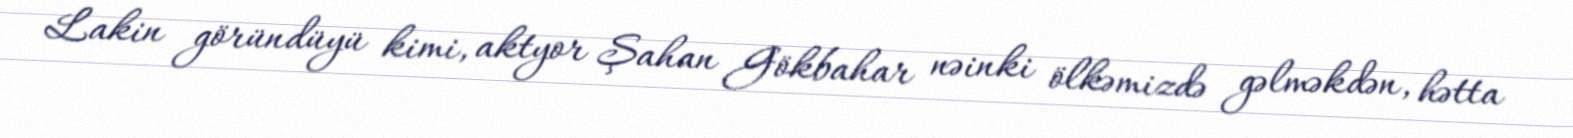
Lakin göründüyü kimi, aktyor Şahan Gökbahar nəinki ölkəmizdə gəlməkdən, hətta